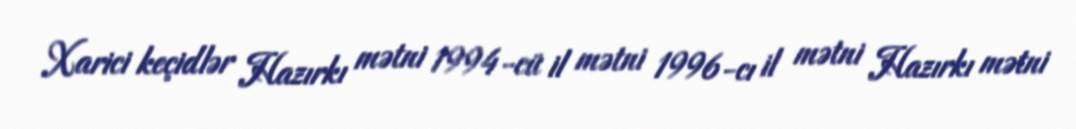
Xarici keçidlər Hazırkı mətni 1994-cü il mətni 1996-cı il mətni Hazırkı mətni